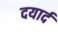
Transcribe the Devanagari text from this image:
दयार्द